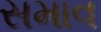
સમાવ